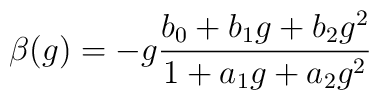
\beta (g)= -g\frac{b_0 +b_1 g+b_2 g^2}{1+a_1 g+a_2 g^2}